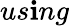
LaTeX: us\mathbf{i}ng